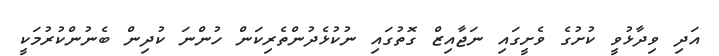
އަދި ވިދާޅުވީ ކުށުގެ ވެށީގައި ނަޖާއިޒް ގޮތުގައި ނުކުޅެދުންތެރިކަން ހުންނަ ކުދިން ބެނުންކުރުމަކީ